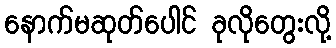
နောက်မဆုတ်ပေါင် ခုလိုတွေးလို့